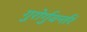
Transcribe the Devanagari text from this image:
गुरोर्गुवर्न्तरं